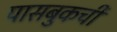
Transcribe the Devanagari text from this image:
पासबुकची